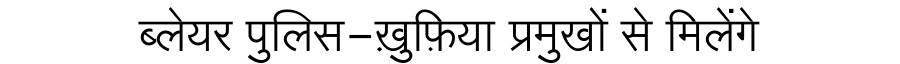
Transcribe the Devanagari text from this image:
ब्लेयर पुलिस-ख़ुफ़िया प्रमुखों से मिलेंगे